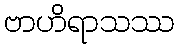
ဗာဟိရာသဿ